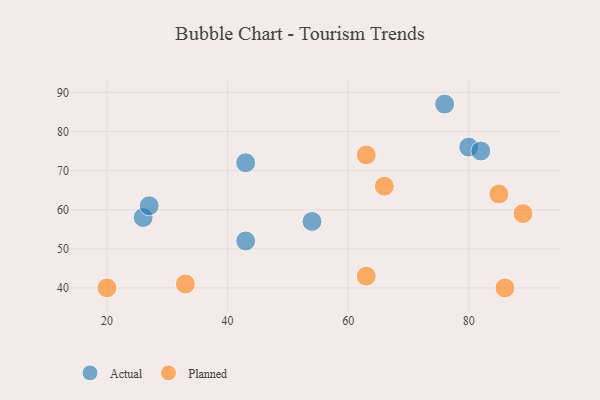
{"axis": {"x": "GDP", "y": "Life Expectancy"}, "legend": ["Actual", "Planned"], "data": [{"x": "54", "y": 57, "type": "Actual"}, {"x": "76", "y": 87, "type": "Actual"}, {"x": "43", "y": 52, "type": "Actual"}, {"x": "80", "y": 76, "type": "Actual"}, {"x": "43", "y": 72, "type": "Actual"}, {"x": "82", "y": 75, "type": "Actual"}, {"x": "26", "y": 58, "type": "Actual"}, {"x": "27", "y": 61, "type": "Actual"}, {"x": "89", "y": 59, "type": "Planned"}, {"x": "85", "y": 64, "type": "Planned"}, {"x": "33", "y": 41, "type": "Planned"}, {"x": "63", "y": 43, "type": "Planned"}, {"x": "63", "y": 74, "type": "Planned"}, {"x": "86", "y": 40, "type": "Planned"}, {"x": "20", "y": 40, "type": "Planned"}, {"x": "66", "y": 66, "type": "Planned"}]}